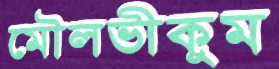
মৌলভীকুম